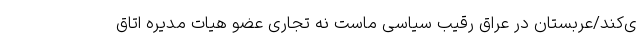
ی‌کند/عربستان در عراق رقیب سیاسی ماست نه تجاری عضو هیات مدیره اتاق